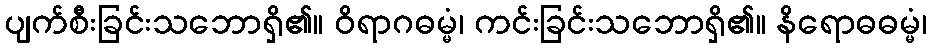
ပျက်စီးခြင်းသဘောရှိ၏။ ဝိရာဂဓမ္မံ၊ ကင်းခြင်းသဘောရှိ၏။ နိရောဓဓမ္မံ၊